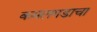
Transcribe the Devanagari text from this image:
कमलगडाचा